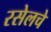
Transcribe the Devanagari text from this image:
रसेलचे